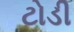
ટોડી